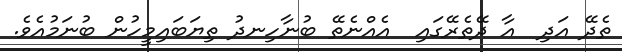
ތެދޭ އަދި  އާ ދޭތެރޭގައި  އެއްނެތޭ ބުނާހިނދު ތިޔަބައިމީހުން ބުނަމުއެވެ.